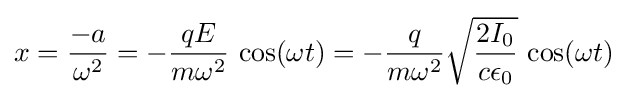
x={-a \over \omega ^{2}}=-{\frac {qE}{m\omega ^{2}}}\,\cos(\omega t)=-{\frac {q}{m\omega ^{2}}}{\sqrt {\frac {2I_{0}}{c\epsilon _{0}}}}\,\cos(\omega t)